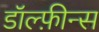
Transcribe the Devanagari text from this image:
डॉल्फ़ीन्स